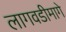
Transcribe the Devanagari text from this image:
लागवडीमागे